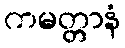
ကမတ္တာနံ